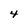
Character: 4